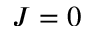
J = 0